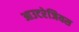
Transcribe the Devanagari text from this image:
आउटरेजियस